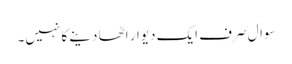
سوال صرف ایک دیوار اٹھا دینے کا نہیں۔